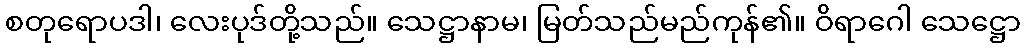
စတုရောပဒါ၊ လေးပုဒ်တို့သည်။ သေဋ္ဌာနာမ၊ မြတ်သည်မည်ကုန်၏။ ဝိရာဂေါ သေဋ္ဌော